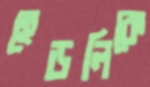
হেডলিকে